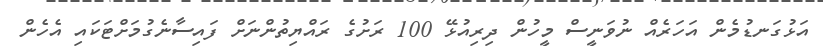
އަޅުގަނޑުމެން އަހަރެއް ނުވަނީސް މީހުން ދިރިއުޅޭ 100 ރަށުގެ ރައްޔިތުންނަށް ފައިސާނެގުމަށްޓަކައި އެހެން